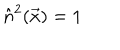
\hat { n } ^ { 2 } ( \vec { x } ) = 1